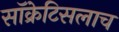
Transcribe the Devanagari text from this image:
सॉक्रेटिसलाच